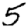
Digit: 5